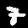
Digit: 7